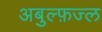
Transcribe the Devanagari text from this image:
अबुल्फ़ज्ल